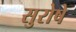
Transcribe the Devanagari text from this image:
सुरोषे